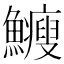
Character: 𩽉